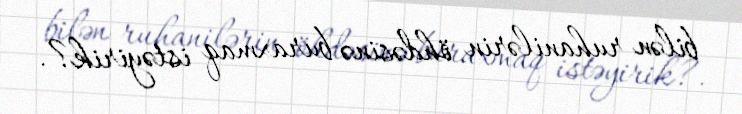
bilən ruhanilərin öhdəsinə buraxmaq istəyirik?.